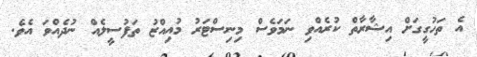
އެ ތަހުގީގަށް އިޝާރާތް ކުރެއްވި ނަމަވެސް މިނިސްޓަރު މުއިއްޒު ތަފުސީލެއް ނުދެއްވަ އެވެ.